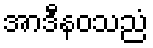
အာဒီနဝသညံ